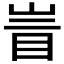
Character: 𰥙